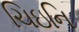
ચિઇનિ